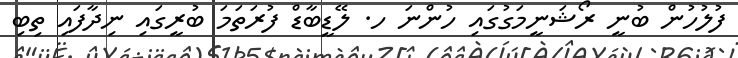
ފުލުހުން ބުނީ ރޯޝަނީމަގުގައި ހުންނަ ހ. ލޭޑީބާޑް ފުރަތަމަ ބުރީގައި ނިދާފައި ތިބި